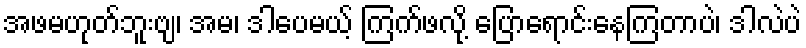
အဖမဟုတ်ဘူးဗျ၊ အမ၊ ဒါပေမယ့် ကြက်ဖလို့ ပြောရောင်းနေကြတာပဲ၊ ဒါလဲပဲ